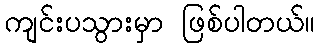
ကျင်းပသွားမှာ ဖြစ်ပါတယ်။